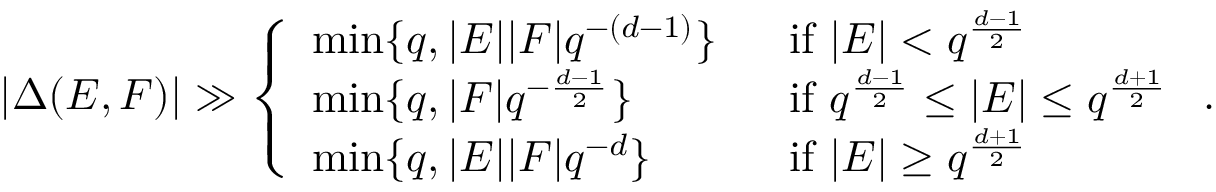
| \Delta ( E , F ) | \gg \left\{ \begin{array} { l l } { \operatorname* { m i n } \{ q , | E | | F | q ^ { - ( d - 1 ) } \} ~ ~ } & { \mathrm { i f } ~ | E | < q ^ { \frac { d - 1 } { 2 } } } \\ { \operatorname* { m i n } \{ q , | F | q ^ { - \frac { d - 1 } { 2 } } \} ~ ~ } & { \mathrm { i f } ~ q ^ { \frac { d - 1 } { 2 } } \le | E | \le q ^ { \frac { d + 1 } { 2 } } } \\ { \operatorname* { m i n } \{ q , | E | | F | q ^ { - d } \} ~ ~ } & { \mathrm { i f } ~ | E | \ge q ^ { \frac { d + 1 } { 2 } } } \end{array} \right. .